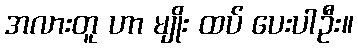
အလားတူ ဟာ မျိုး ထပ် ပေးပါဦး။